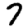
Digit: 7